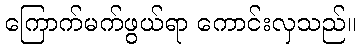
ကြောက်မက်ဖွယ်ရာ ကောင်းလှသည်။